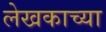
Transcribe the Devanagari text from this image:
लेखकाच्‍या